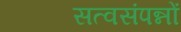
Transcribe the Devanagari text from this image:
सत्वसंपन्नों